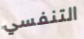
التنفسي